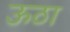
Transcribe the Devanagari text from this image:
ऊठा